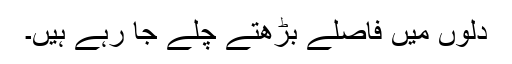
دلوں میں فاصلے بڑھتے چلے جا رہے ہیں۔